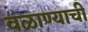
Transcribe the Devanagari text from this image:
वळाण्याची